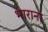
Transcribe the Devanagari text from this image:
भाराना